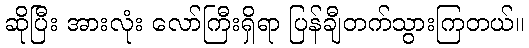
ဆိုပြီး အားလုံး လော်ကြီးရှိရာ ပြန်ချီတက်သွားကြတယ်။